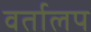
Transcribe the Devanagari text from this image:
वर्तालप